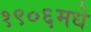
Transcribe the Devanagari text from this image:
१९०६मधे